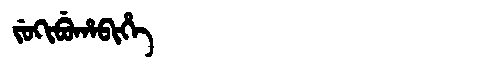
Manchu: ᠵᡠᡴᡳᠪᡠᡥᠠᠪᡳᡥᡝ
Romanization: JUKIBUHABIHE